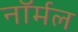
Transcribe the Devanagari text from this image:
नाॅर्मल